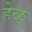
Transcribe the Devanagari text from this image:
हेळू